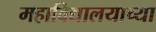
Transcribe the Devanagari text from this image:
महाविद्यालयाच्या